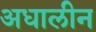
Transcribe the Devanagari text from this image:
अधालीन